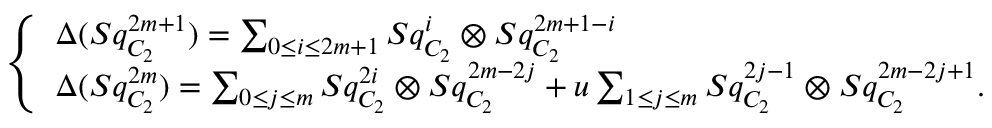
\left\{ \begin{array} { l l } { \Delta ( S q _ { C _ { 2 } } ^ { 2 m + 1 } ) = \sum _ { 0 \leq i \leq 2 m + 1 } S q _ { C _ { 2 } } ^ { i } \otimes S q _ { C _ { 2 } } ^ { 2 m + 1 - i } } \\ { \Delta ( S q _ { C _ { 2 } } ^ { 2 m } ) = \sum _ { 0 \leq j \leq m } S q _ { C _ { 2 } } ^ { 2 i } \otimes S q _ { C _ { 2 } } ^ { 2 m - 2 j } + u \sum _ { 1 \leq j \leq m } S q _ { C _ { 2 } } ^ { 2 j - 1 } \otimes S q _ { C _ { 2 } } ^ { 2 m - 2 j + 1 } . } \end{array} \right.